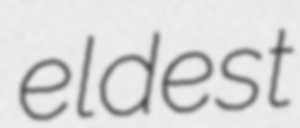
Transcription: eldest